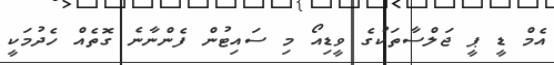
އެމް ޑީ ޕީ ޖަލްސާތަކުގެ ވީޑިއޯ މި ސައިޓުން ފެންނާނެ ގޮތެއް ހެދުމަކީ